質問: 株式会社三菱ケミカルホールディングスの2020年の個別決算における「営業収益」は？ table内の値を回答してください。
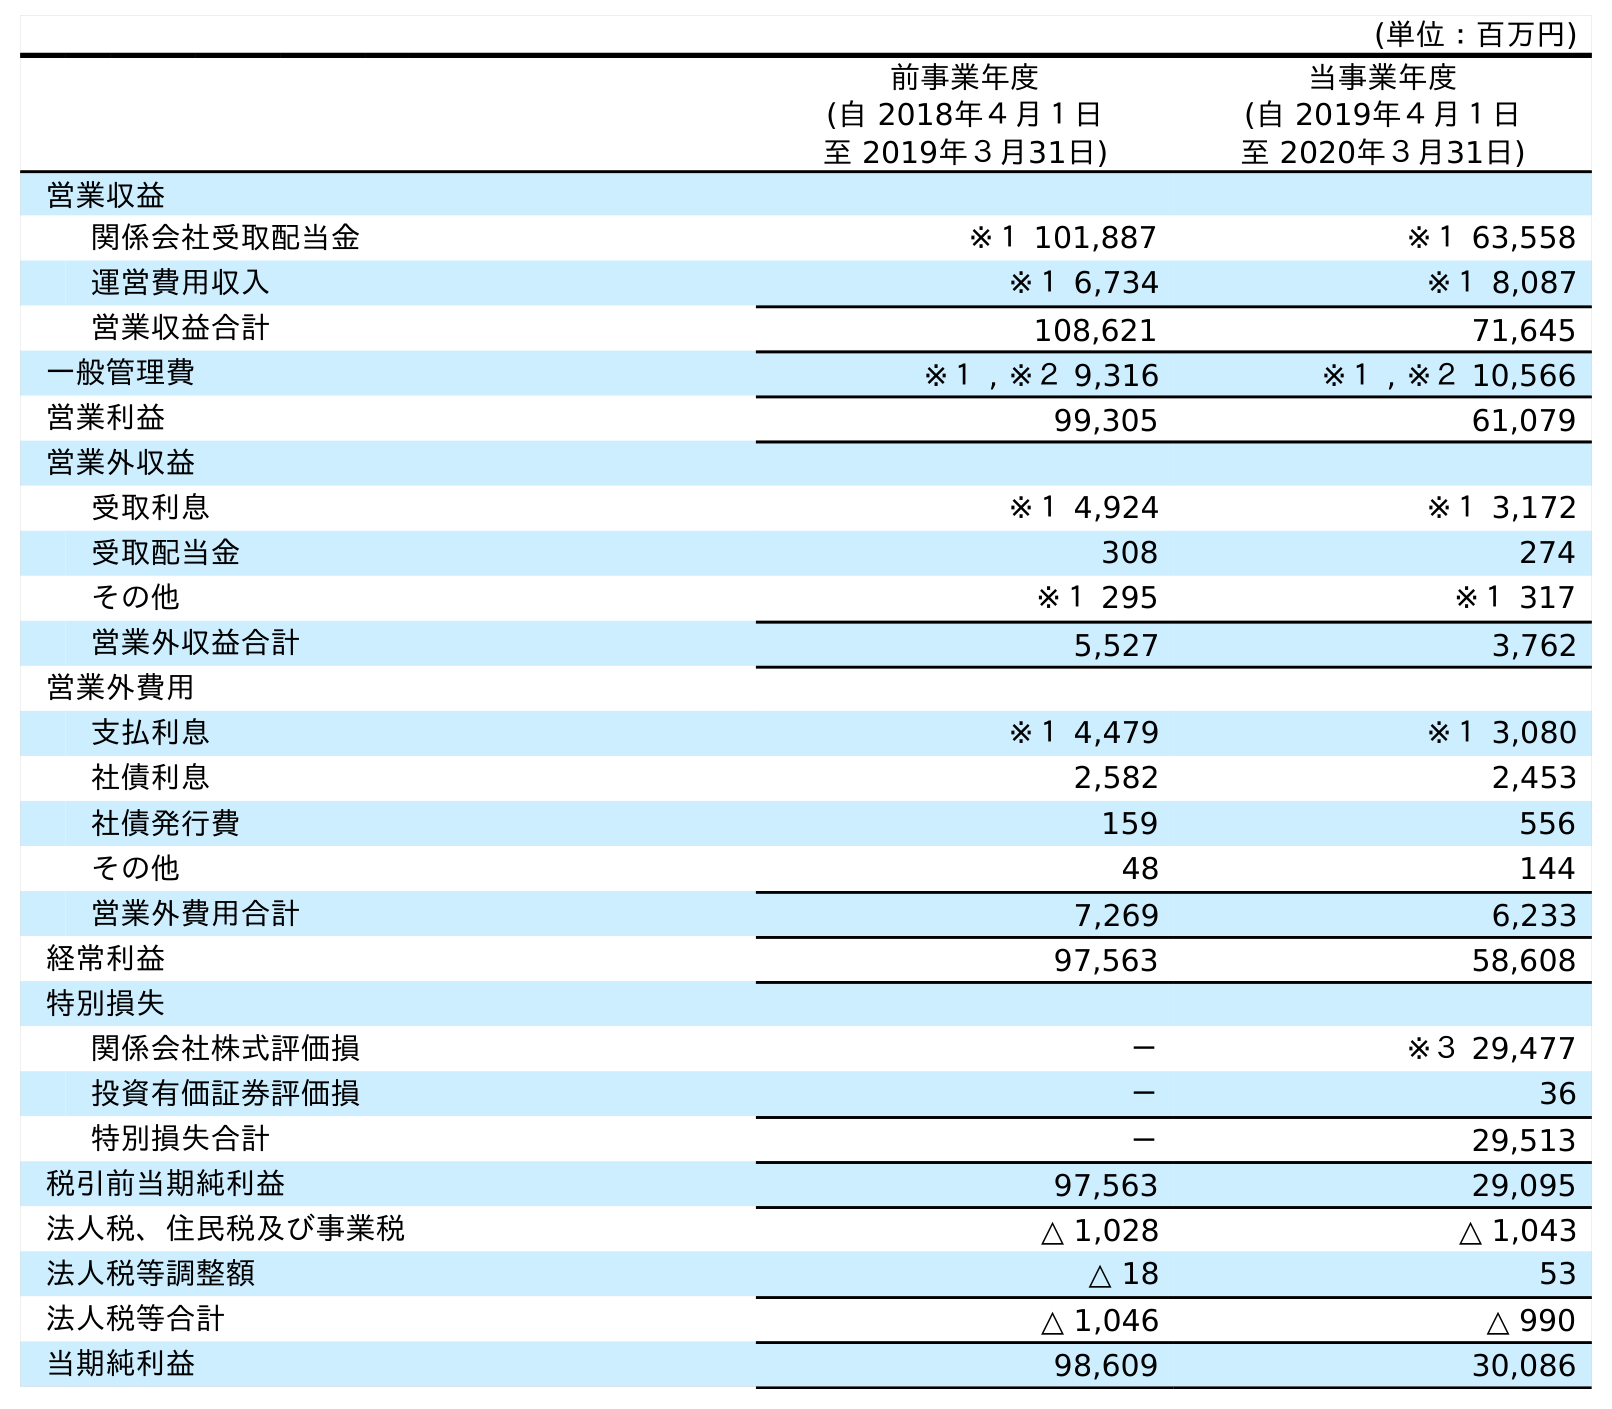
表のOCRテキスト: (単位：百万円) 前事業年度 (自 2018年４月１日 至 2019年３月31日) 当事業年度 (自 2019年４月１日 至 2020年３月31日) 営業収益 関係会社受取配当金 ※１ 101,887 ※１ 63,558 運営費用収入 ※１ 6,734 ※１ 8,087 営業収益合計 108,621 71,645 一般管理費 ※１ , ※２ 9,316 ※１ , ※２ 10,566 営業利益 99,305 61,079 営業外収益 受取利息 ※１ 4,924 ※１ 3,172 受取配当金 308 274 その他 ※１ 295 ※１ 317 営業外収益合計 5,527 3,762 営業外費用 支払利息 ※１ 4,479 ※１ 3,080 社債利息 2,582 2,453 社債発行費 159 556 その他 48 144 営業外費用合計 7,269 6,233 経常利益 97,563 58,608 特別損失 関係会社株式評価損 － ※３ 29,477 投資有価証券評価損 － 36 特別損失合計 － 29,513 税引前当期純利益 97,563 29,095 法人税、住民税及び事業税 △ 1,028 △ 1,043 法人税等調整額 △ 18 53 法人税等合計 △ 1,046 △ 990 当期純利益 98,609 30,086
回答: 71,645